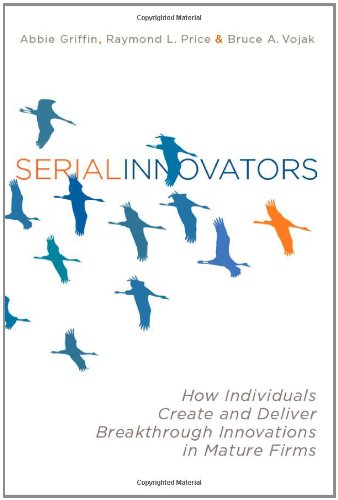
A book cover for Serial Innovators: How Individuals Create and Deliver Breakthrough Innovations in Mature Firms; Abbie Griffin; Business & Money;